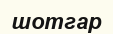
шотгар